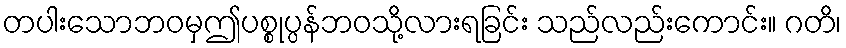
တပါးသောဘဝမှဤပစ္စုပ္ပန်ဘဝသို့လားရခြင်း သည်လည်းကောင်း။ ဂတိ၊